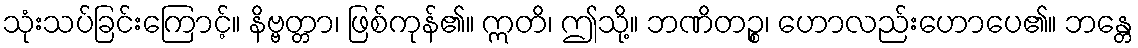
သုံးသပ်ခြင်းကြောင့်။ နိဗ္ဗတ္တာ၊ ဖြစ်ကုန်၏။ ဣတိ၊ ဤသို့။ ဘဏိတဉ္စ၊ ဟောလည်းဟောပေ၏။ ဘန္တေ